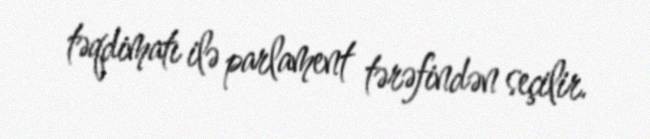
təqdimatı ilə parlament tərəfindən seçilir.